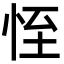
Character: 恎